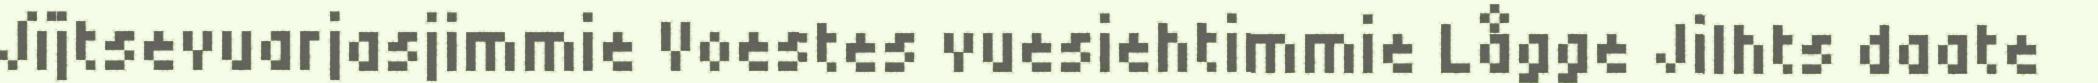
Jïjtsevuarjasjimmie Voestes vuesiehtimmie Lågge Jilhts daate